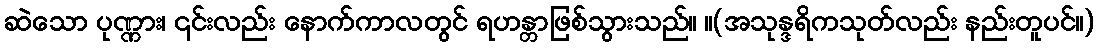
ဆဲသော ပုဏ္ဏား၊ ၎င်းလည်း နောက်ကာလတွင် ရဟန္တာဖြစ်သွားသည်။ ။(အသုန္ဒရိကသုတ်လည်း နည်းတူပင်။)